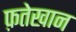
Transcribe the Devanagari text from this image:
फ़तेखान